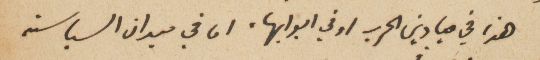
هذا في ميادين الحرب او في ابوابها، اما في ميدان السياسة